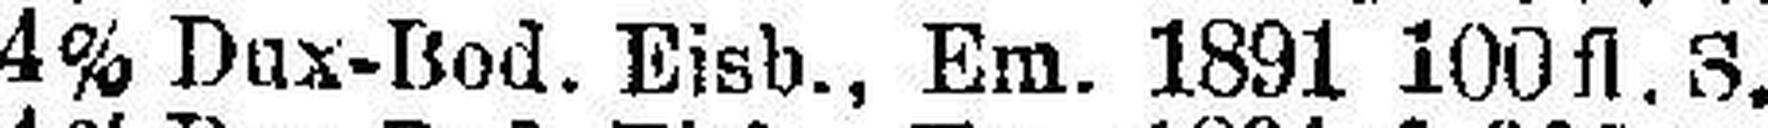
4% Dux-Bod. Eisb., Em. 1891 100 fl. S.